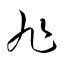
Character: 旭